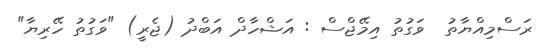
ރަސްމިއްޔާތު  ވަގުތު އިމޭޖްސް : އަޝްހާދް އަބްދު (ޖެރީ) "ވަގުތު ހޭރިޔާ"